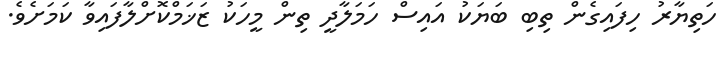
ހަތިޔާރު ހިފައިގެން ތިބި ބަޔަކު އައިސް ހަމަލާދީ ތިން މީހަކު ޒަޚަމްކޮށްލާފައިވާ ކަމަށެވެ.